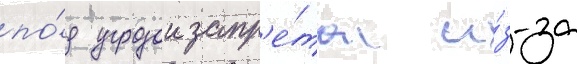
по́д угрозои запр'е́та и́з-за